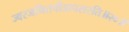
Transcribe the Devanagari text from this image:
ज्वरजनितपीडापसरति॥२०॥